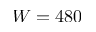
W = 4 8 0